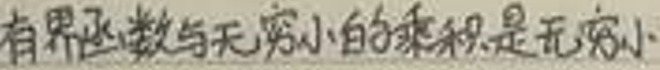
有界函数与无穷小的乘积是无穷小